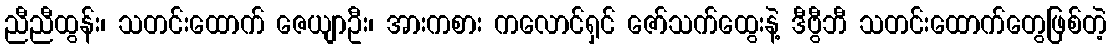
ညီညီထွန်း၊ သတင်းထောက် ဇေယျာဦး၊ အားကစား ကလောင်ရှင် ဇော်သက်ထွေးနဲ့ ဒီဗွီဘီ သတင်းထောက်တွေဖြစ်တဲ့